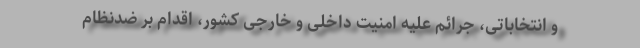
و انتخاباتی، جرائم علیه امنیت داخلی و خارجی کشور، اقدام بر ضدنظام